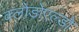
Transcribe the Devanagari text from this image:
क्लोडोएल्डो